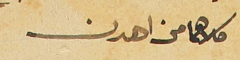
كلاهما من اهدن